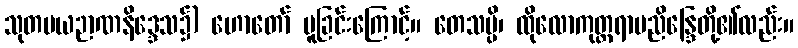
သုတမယဉာဏနိဒ္ဒေသ၌) ဟောတော် မူခြင်းကြောင့်။ တေသမ္ပိ၊ ထိုလောကုတ္တရာပညိန္ဒြေတို့၏လည်း။